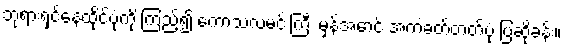
ဘုရားရှင်နေထိုင်ပုံကို ကြည့်၍ ကောသလမင်းကြီး မှန်အောင် အကဲခတ်တတ်ပုံ ပြဆိုခန်း။